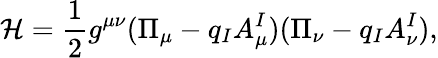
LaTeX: \mathcal{H}=\frac 12g^{\mu\nu}(\Pi_{\mu}-q_{I}A_{\mu}^{I})(\Pi_{\nu}-q_{I}A_{\nu}^{I}),